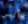
أليس